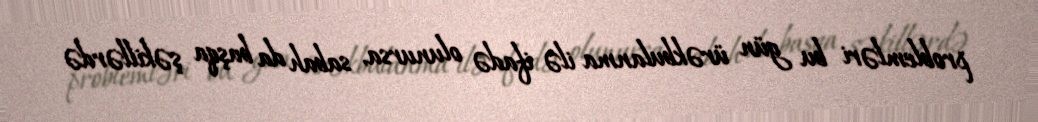
problemləri bu gün ürəkbulanma ilə ifadə olunursa, sabah da başqa şəkillərdə